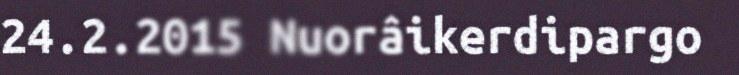
24.2.2015 Nuorâikerdipargo